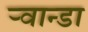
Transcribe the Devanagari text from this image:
ऱ्वान्डा